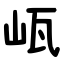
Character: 㼘